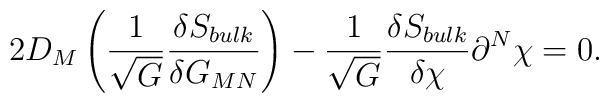
2 D_M \left( \frac{1}{\sqrt{G}} \frac{\delta S_{bulk}}{\delta G_{MN}} \right) - \frac{1}{\sqrt{G}} \frac{\delta S_{bulk}}{\delta \chi} \partial^N \chi = 0.